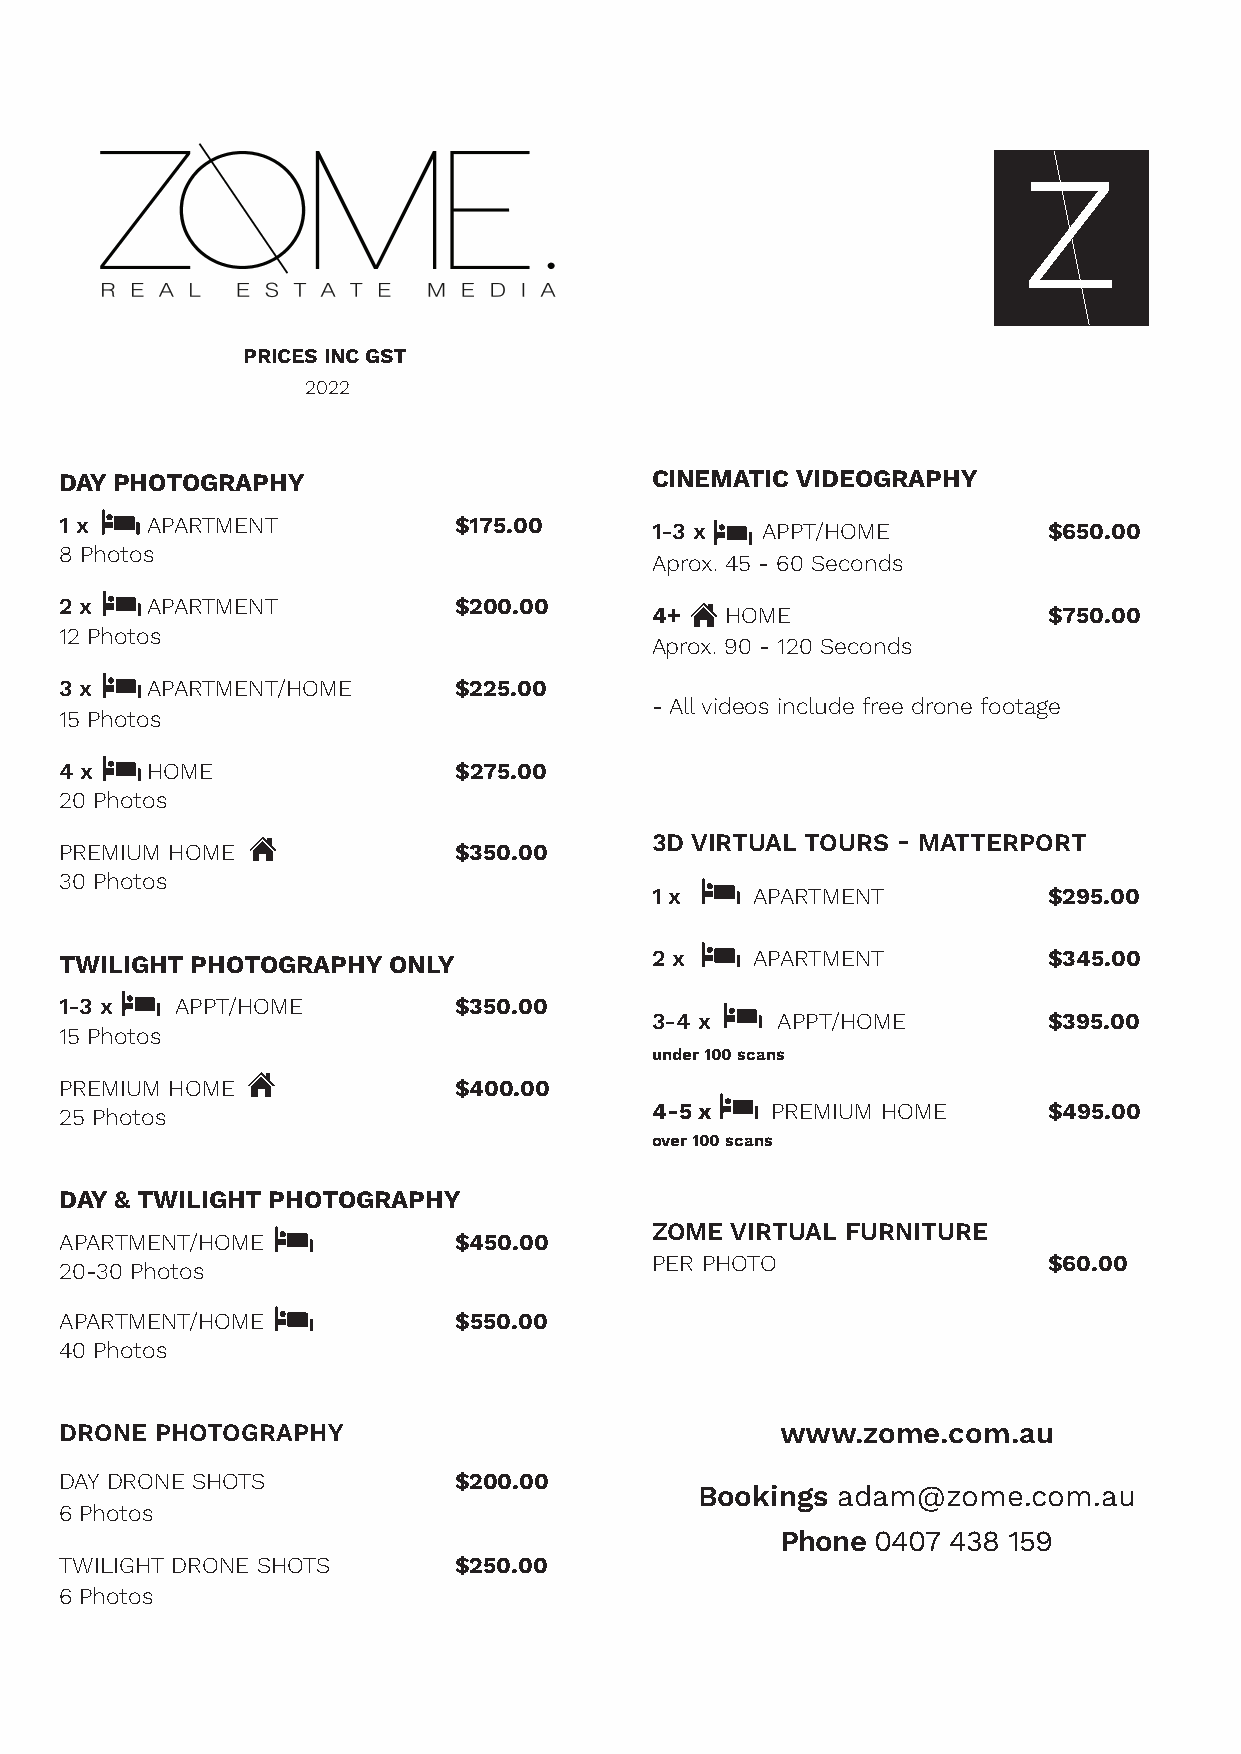
PRICES INC GST
 2022
 DAY PHOTOGRAPHY                        CINEMATIC VIDEOGRAPHY
 1 x   APARTMENT           $175.00      1-3 x  APPT/HOME          $650.00
 8 Photos
 Aprox. 45 - 60 Seconds
 2 x   APARTMENT           $200.00
 4+   HOME                 $750.00
 12 Photos
 Aprox. 90 - 120 Seconds
 3 x   APARTMENT/HOME      $225.00
 - All videos include free drone footage
 15 Photos
 4 x   HOME                $275.00
 20 Photos
 3D VIRTUAL TOURS - MATTERPORT
 PREMIUM HOME              $350.00
 30 Photos
 1 x    APARTMENT          $295.00
 TWILIGHT PHOTOGRAPHY  ONLY             2 x    APARTMENT          $345.00
 1-3 x   APPT/HOME         $350.00
 3-4 x   APPT/HOME         $395.00
 15 Photos
 under 100 scans
 PREMIUM HOME              $400.00
 25 Photos                              4-5 x   PREMIUM HOME      $495.00
 over 100 scans
 DAY & TWILIGHT PHOTOGRAPHY
 ZOME VIRTUAL FURNITURE
 APARTMENT/HOME            $450.00
 PER PHOTO                 $60.00
 20-30 Photos
 APARTMENT/HOME            $550.00
 40 Photos
 DRONE PHOTOGRAPHY                               www.zome.com.au
 DAY DRONE SHOTS           $200.00
 Bookings adam@zome.com.au
 6 Photos
 Phone 0407 438 159
 TWILIGHT DRONE SHOTS      $250.00
 6 Photos